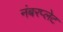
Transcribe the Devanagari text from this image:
नंबरप्लेट